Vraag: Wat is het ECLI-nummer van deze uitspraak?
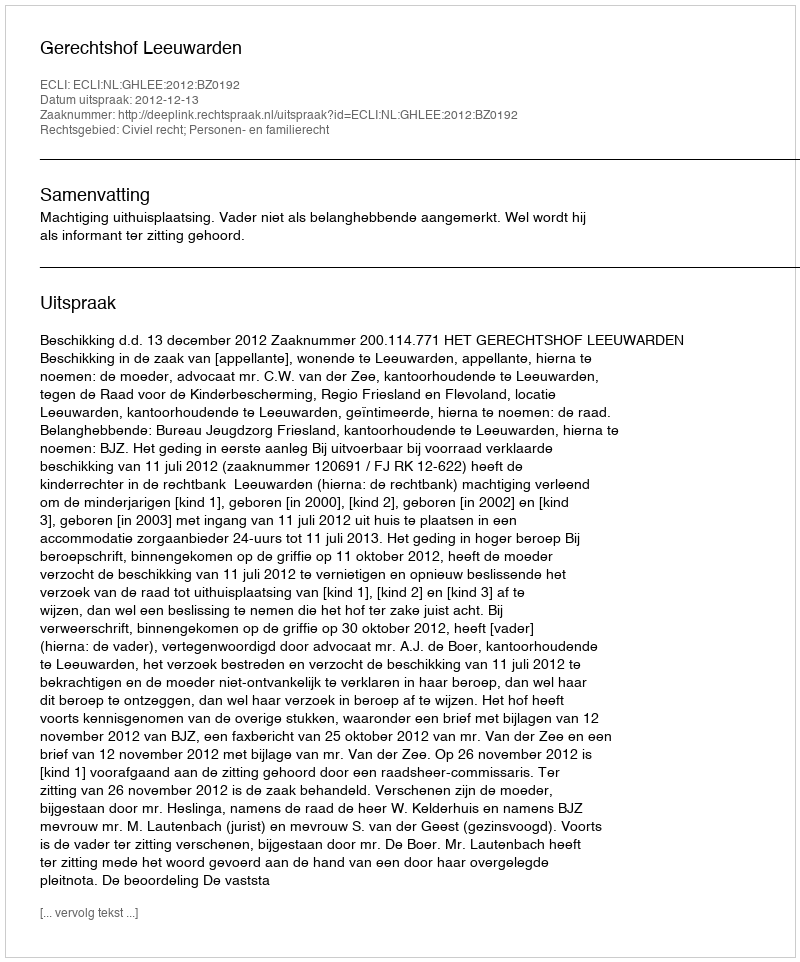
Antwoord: ECLI:NL:GHLEE:2012:BZ0192